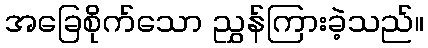
အခြေစိုက်သော ညွှန်ကြားခဲ့သည်။